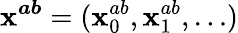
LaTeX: \boldsymbol{\mathbf{x}^{ab}}=(\mathbf{x}_{0}^{ab},\mathbf{x}_{1}^{ab},\ldots)